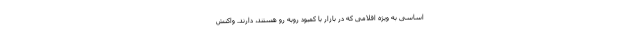
اساسی به ویژه اقلامی که در بازار با کمبود روبه رو هستند، دارند. واکنش